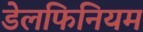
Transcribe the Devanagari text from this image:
डेलफिनियम